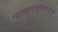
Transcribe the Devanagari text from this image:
पारामाइक्सोवायरस